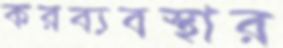
করব্যবস্থার